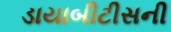
ડાયાબીટીસની